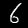
Label: 6